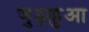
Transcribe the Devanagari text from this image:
जुड़ाहुआ